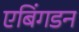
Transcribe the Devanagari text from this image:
एबिंगडन